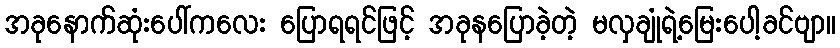
အခုနောက်ဆုံးပေါ်ကလေး ပြောရရင်ဖြင့် အခုနပြောခဲ့တဲ့ မလှချုံရဲ့မြေးပေါ့ခင်ဗျာ။